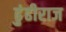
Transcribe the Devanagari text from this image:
ढुंढीराज